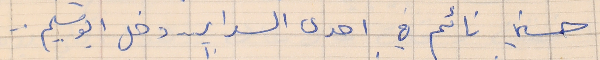
حسني نائم في احدى السراير . . دخل ابو سليم . .